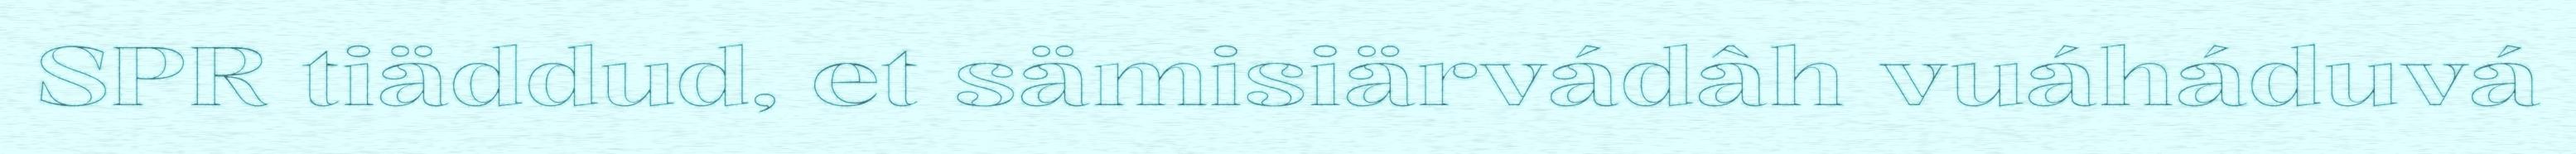
SPR tiäddud, et sämisiärvádâh vuáháduvá